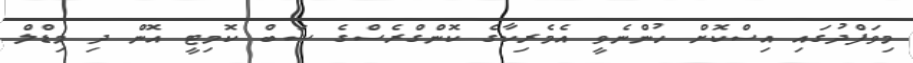
މިވަފްދުގައި އިސްކޮށް ހުންނެވީ އެމެރިކާގެ ކޮންގްރެސްގެ ސަބް ކޮމިޓީ އޮން ދި މިޑްލް